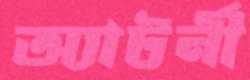
অ্যাটর্নী